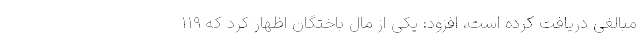
مبالغی دریافت کرده است، افزود: یکی از مال باختگان اظهار کرد که ۱۱۹